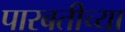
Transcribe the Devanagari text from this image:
पारबतीच्या